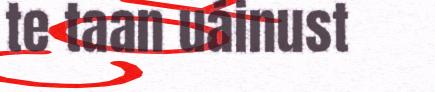
te taan uáinust